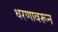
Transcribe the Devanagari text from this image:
धरणावरून